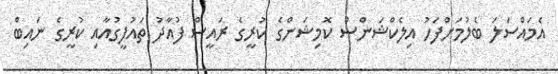
އެމައްސަލަ ބެލުމަށްފަހު އިލެކްޝަންސް ކޮމިޝަންގެ ކުރީގެ ރައީސް ފުއާދު ތައުފީގުއާއި ކުރީގެ ނައިބް